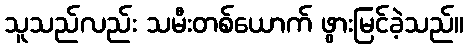
သူသည်လည်း သမီးတစ်ယောက် ဖွားမြင်ခဲ့သည်။